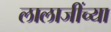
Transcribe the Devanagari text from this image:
लालाजींच्या